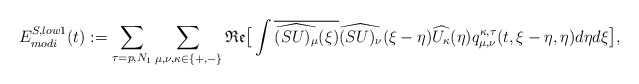
\begin{align*}E_{modi}^{S, low 1}(t) :=\sum_{\tau=p,N_1} \sum_{\mu, \nu, \kappa \in\{+,-\}} \mathfrak{Re} \big[ \int \overline{\widehat{(SU)_{\mu}}(\xi)} \widehat{(SU)_{\nu}}(\xi-\eta) \widehat{U_{\kappa}}(\eta) q_{\mu,\nu}^{\kappa,\tau}(t,\xi-\eta, \eta) d \eta d \xi\big],\end{align*}